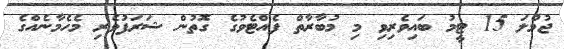
ޖުމްލަ 15 ޓީމު ބައިވެރިވި މި މުބާރާތް ފެއްޓެވުގެ ގޮތުން ޝަރަފުވެރި މެހެމާނެއްގެ